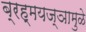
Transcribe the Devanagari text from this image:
ब्रह्मयज्ञामुळे